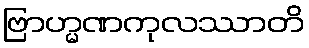
ဗြာဟ္မဏကုလဿာတိ